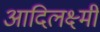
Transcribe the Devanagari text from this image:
आदिलक्ष्मी